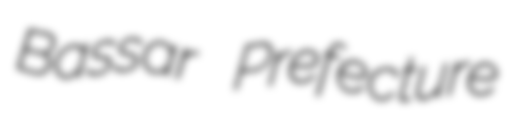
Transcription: Bassar Prefecture